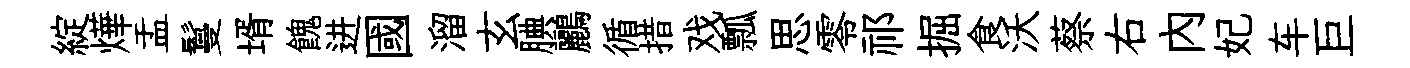
綻燁盂鬘壻餽进國溜玄腆鸝循措戏瓢思零祁掘食沃蔡右内妃车巨